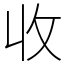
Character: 收